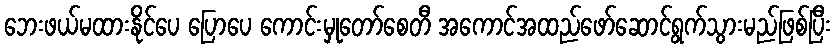
ဘေးဖယ်မထားနိုင်ပေ ပြောပေ ကောင်းမှုတော်စေတီ အကောင်အထည်ဖော်ဆောင်ရွက်သွားမည်ဖြစ်ပြီး